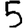
Digit: 5